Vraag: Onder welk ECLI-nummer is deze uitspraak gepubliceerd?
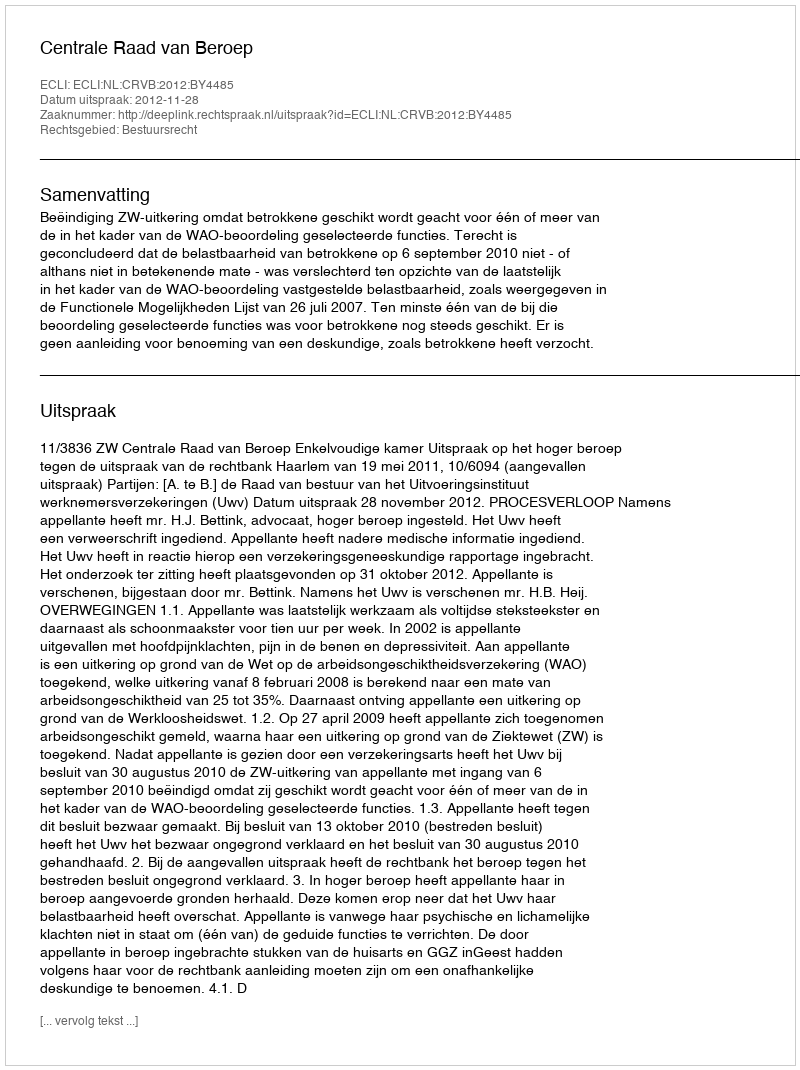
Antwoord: ECLI:NL:CRVB:2012:BY4485